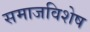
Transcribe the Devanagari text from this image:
समाजविशेष